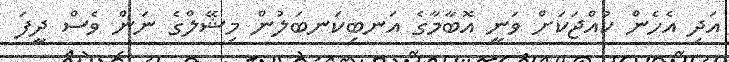
އަދި އެހެން ކުއްޖަކަށް ވަނީ އޮބާމާގެ އަނބިކަނބަލުން މިޝޭލްގެ ނަން ވެސް ދީފަ